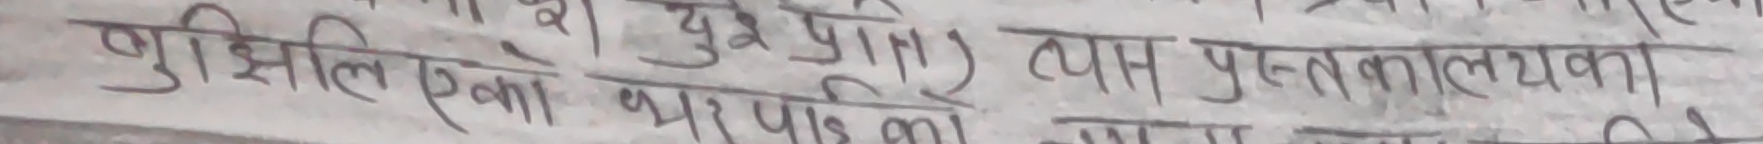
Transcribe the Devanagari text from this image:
गुशिएका र घरपीडित) त्यस पुस्तकालयका